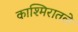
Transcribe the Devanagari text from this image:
काश्मिरातले